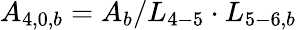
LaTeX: {A_{4,0,b}}={A_{b}}/{L_{4-5}}\cdot{L_{5-6,b}}